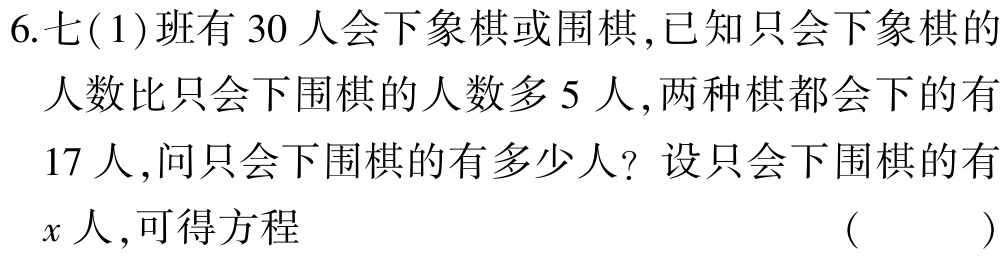
6.七(1)班有 30 人会下象棋或围棋,已知只会下象棋的

人数比只会下围棋的人数多 5 人,两种棋都会下的有

17 人,问只会下围棋的有多少人? 设只会下围棋的有

$x$人,可得方程

( )